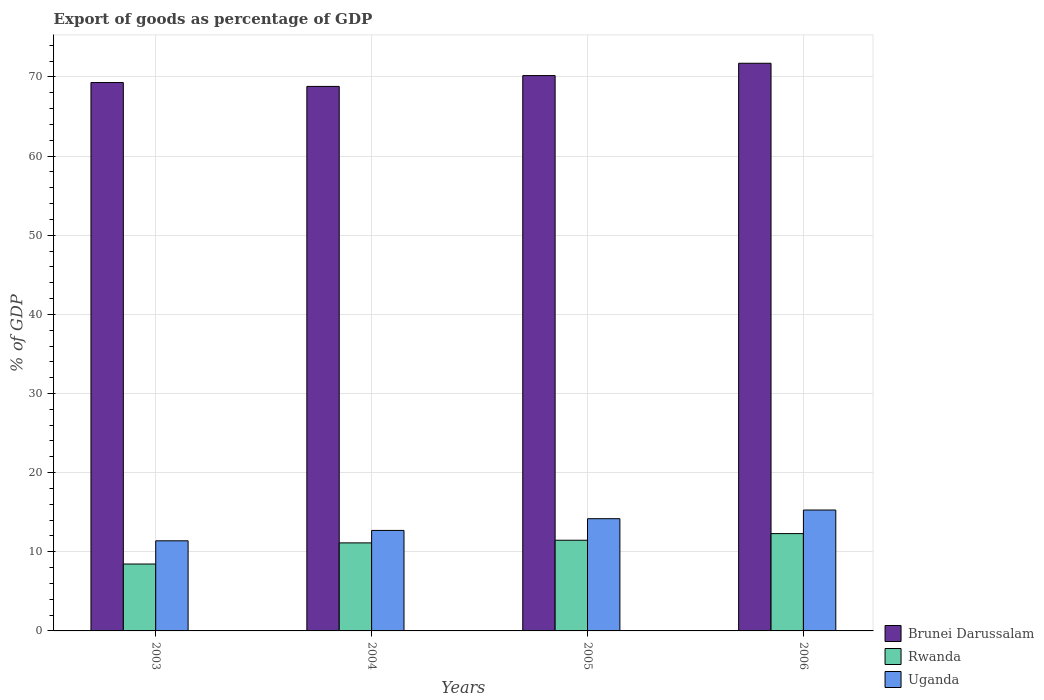
| Years | Brunei Darussalam | Rwanda | Uganda |
 | --- | --- | --- | --- |
 | 2003 | 69.3 | 8.45 | 11.4 |
 | 2004 | 68.8 | 11.1 | 12.7 |
 | 2005 | 70.2 | 11.5 | 14.2 |
 | 2006 | 71.7 | 12.3 | 15.3 |